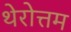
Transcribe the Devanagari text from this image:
थेरोत्तम